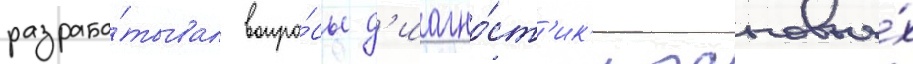
разраба́тывал вопро́сы д'иагно́ст'ик'и основны́х